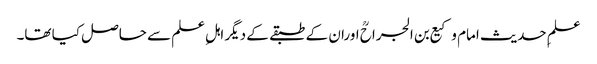
علمِ حدیث امام وکیع بن الجراحؒ اوران کے طبقے کے دیگر اہلِ علم سے حاصل کیا تھا۔